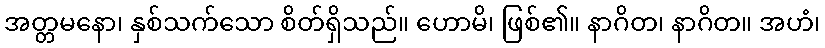
အတ္တမနော၊ နှစ်သက်သော စိတ်ရှိသည်။ ဟောမိ၊ ဖြစ်၏။ နာဂိတ၊ နာဂိတ။ အဟံ၊